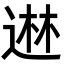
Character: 䢞